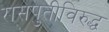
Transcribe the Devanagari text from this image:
रासपुतीविरुद्ध